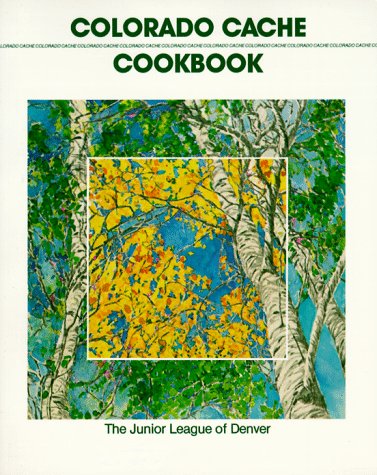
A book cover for Colorado Cache Cookbook; Junior League of Denver; Cookbooks, Food & Wine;